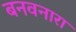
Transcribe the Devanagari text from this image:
बनवनारा